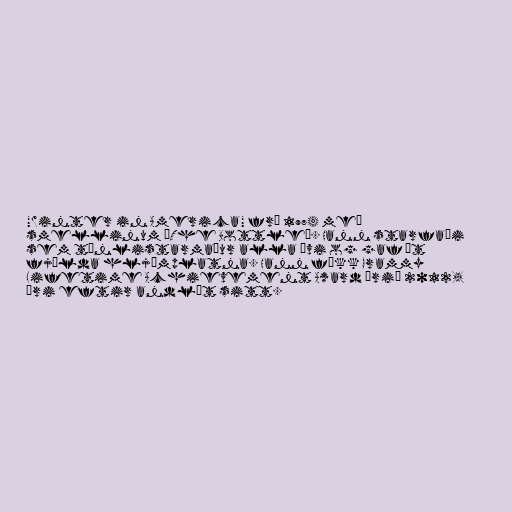
"Winter in America" frá 1974 með
smellinum „The Bottle“. Hann starfaði
sem tónlistarmaður alla ævi og gaf út
fjölda hljómplatna. Hann fékk Grammy
Lifetime Achievement Award árið 2012,
ári eftir andlát sitt.